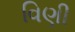
વિણી